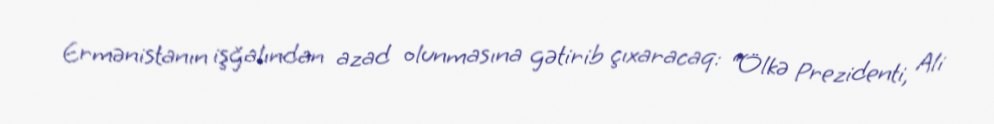
Ermənistanın işğalından azad olunmasına gətirib çıxaracaq: “Ölkə Prezidenti, Ali